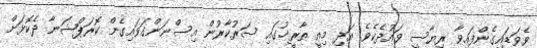
ވެވަޑައިގެންފައިވާ ރިޔާސީ ވައުދެކެވެ. އަދި މިއީ ތާރީޚުގައި ސަރުކާރުން އިސްނަންގަވައިގެން ކޮރަޕްޝަނާ ދެކޮޅަށް